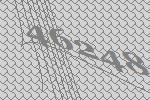
46248